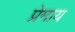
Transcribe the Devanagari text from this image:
प्रेमाय